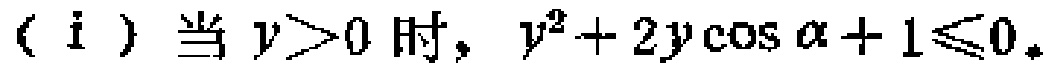
（i）当$y > 0$时，$y^{2}+2y\cos\alpha + 1\leqslant0$。